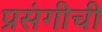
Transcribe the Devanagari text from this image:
प्रसंगीची